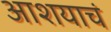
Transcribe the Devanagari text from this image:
आशयाचं